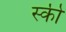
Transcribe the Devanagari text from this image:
स्‍की